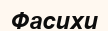
Фасихи